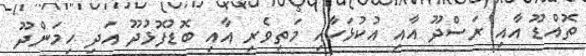
ތޮއްޑޫ އާއި ރަސްދޫ އާއި އުކުޅަހާއި މަތިވެރި އާއި ބޮޑުފޮޅުދޫ އަދި ހިމަންދޫ